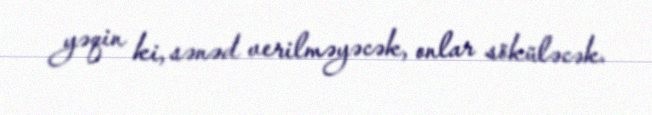
yəqin ki, sənəd verilməyəcək, onlar söküləcək.